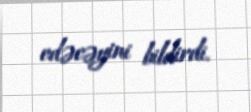
edəcəyini bildirdi.